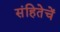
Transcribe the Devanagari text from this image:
संहितेचें